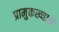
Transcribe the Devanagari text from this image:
प्रामुकख्याने